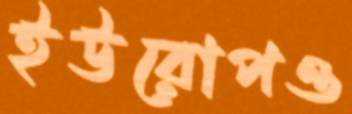
ইউরোপও